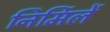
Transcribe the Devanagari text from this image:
निर्मिलें